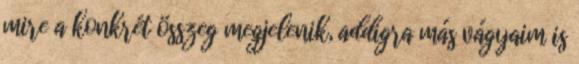
mire a konkrét összeg megjelenik, addigra más vágyaim is